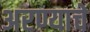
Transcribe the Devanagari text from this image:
अरण्याचे